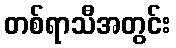
တစ်ရာသီအတွင်း